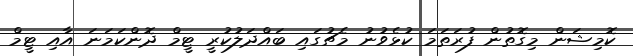
ކޮމިޝަން މިގޮތުން ފުރަތަމަ ކުޅެވުނު މެޗުގައި ބައްދަލުކުރީ ޓީމް ދޮންކަމަނަ އާއި ޓީމް